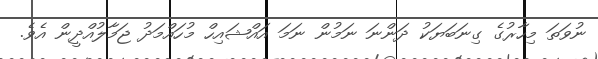
ނުވަތަ މިހާރުގެ ގިނަބަޔަކު ދަންނަ ނަމުން ނަމަ އައްޝައިހް މުހައްމަދު ޖަމާލުއްދީން އެވެ.